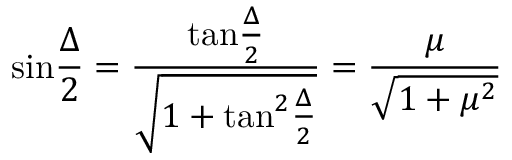
\mathrm { s i n } { \frac { \Delta } { 2 } } = { \frac { \mathrm { t a n } { \frac { \Delta } { 2 } } } { \sqrt { 1 + \mathrm { t a n } ^ { 2 } { \frac { \Delta } { 2 } } } } } = { \frac { \mu } { \sqrt { 1 + \mu ^ { 2 } } } }